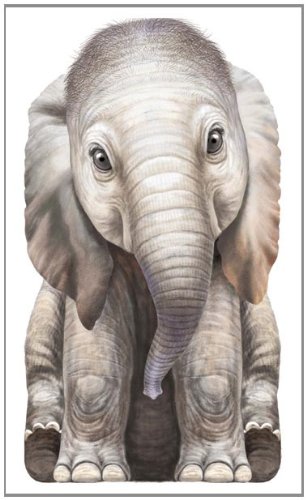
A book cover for Little Elephant (Look at Me Books); Children's Books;